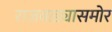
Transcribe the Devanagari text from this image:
राजवाड्यासमोर